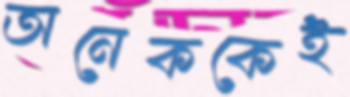
অনেককেই